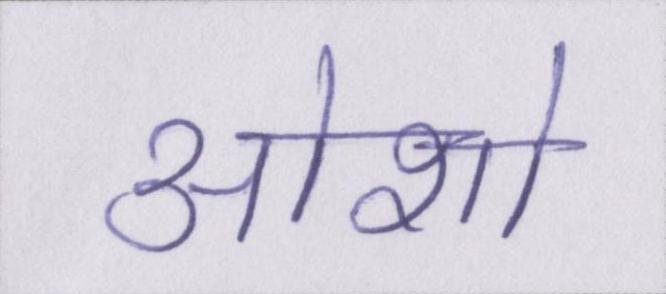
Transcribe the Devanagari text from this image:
ओशो